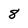
Character: 8